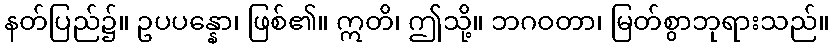
နတ်ပြည်၌။ ဥပပန္နော၊ ဖြစ်၏။ ဣတိ၊ ဤသို့။ ဘဂဝတာ၊ မြတ်စွာဘုရားသည်။